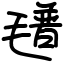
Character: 氆